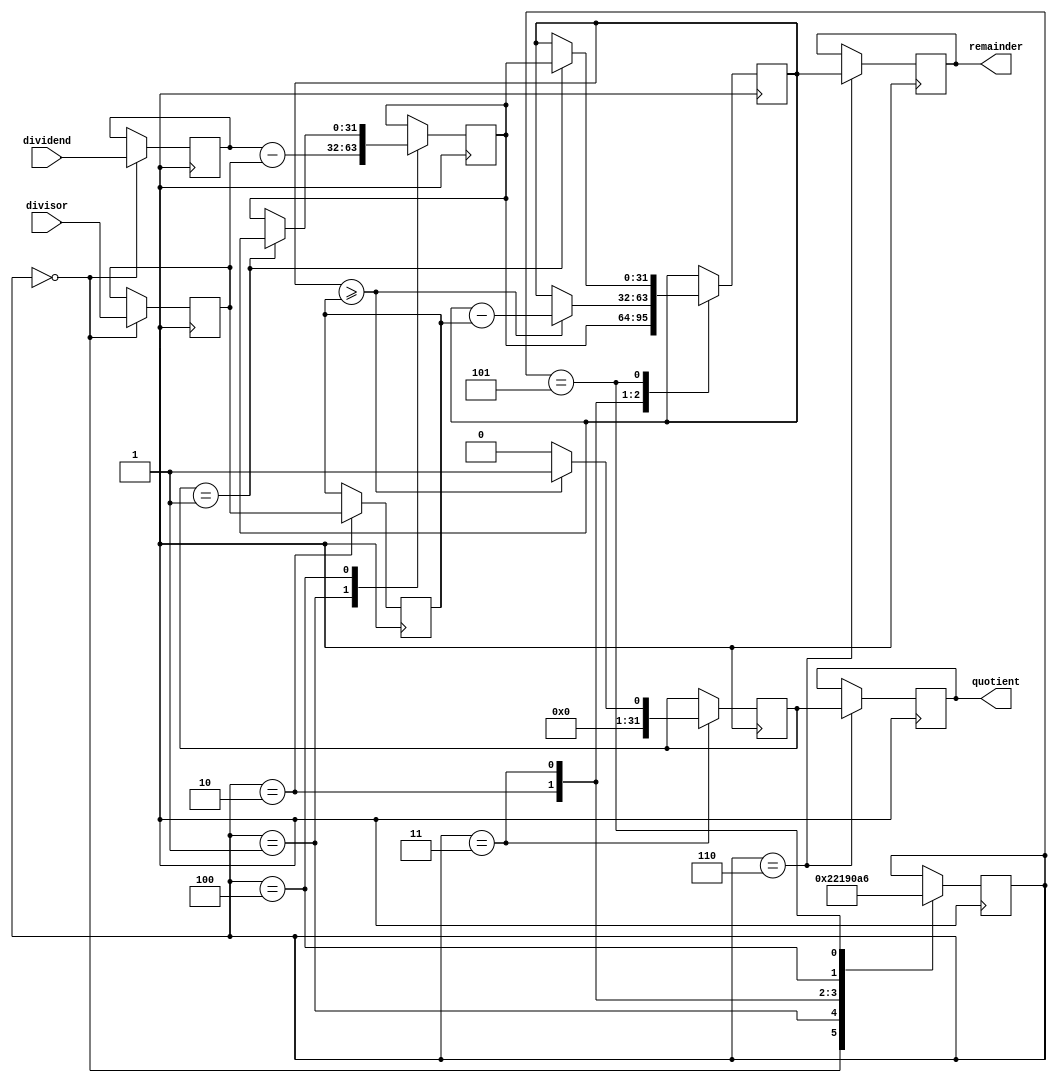
module PipelinedDivider(
    input wire [31:0] dividend,
    input wire [31:0] divisor,
    output reg [31:0] quotient,
    output reg [31:0] remainder
);

reg [31:0] data_in1, data_in2, data_out1, data_out2, sub_result, comparison_result;
reg [4:0] stage;

always @ (posedge clk) begin
    case (stage)
        0: begin
            data_in1 <= dividend;
            data_in2 <= divisor;
            stage <= 1;
        end
        1: begin
            sub_result <= data_in1 - data_in2;
            stage <= 2;
        end
        2: begin
            data_out1 <= sub_result;
            data_out2 <= data_in2;
            stage <= 3;
        end
        3: begin
            if (data_out1 >= data_out2) begin
                comparison_result <= 1;
                data_out1 <= data_out1 - data_out2;
            end else begin
                comparison_result <= 0;
            end
            stage <= 4;
        end
        4: begin
            if (comparison_result == 1) begin
                sub_result <= data_out1;
            end
            stage <= 5;
        end
        5: begin
            if (comparison_result == 1) begin
                data_out1 <= sub_result;
            end
            stage <= 6;
        end
        6: begin
            quotient <= comparison_result;
            remainder <= data_out1;
        end
    endcase
end

endmodule